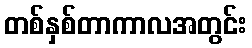
တစ်နှစ်တာကာလအတွင်း